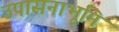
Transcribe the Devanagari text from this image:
उपासनाभूमि